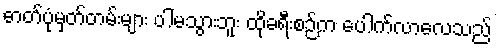
ဓာတ်ပုံမှတ်တမ်းများ ပါမသွားဘူး ထိုခရီးစဉ်က ပေါက်လာလေသည်